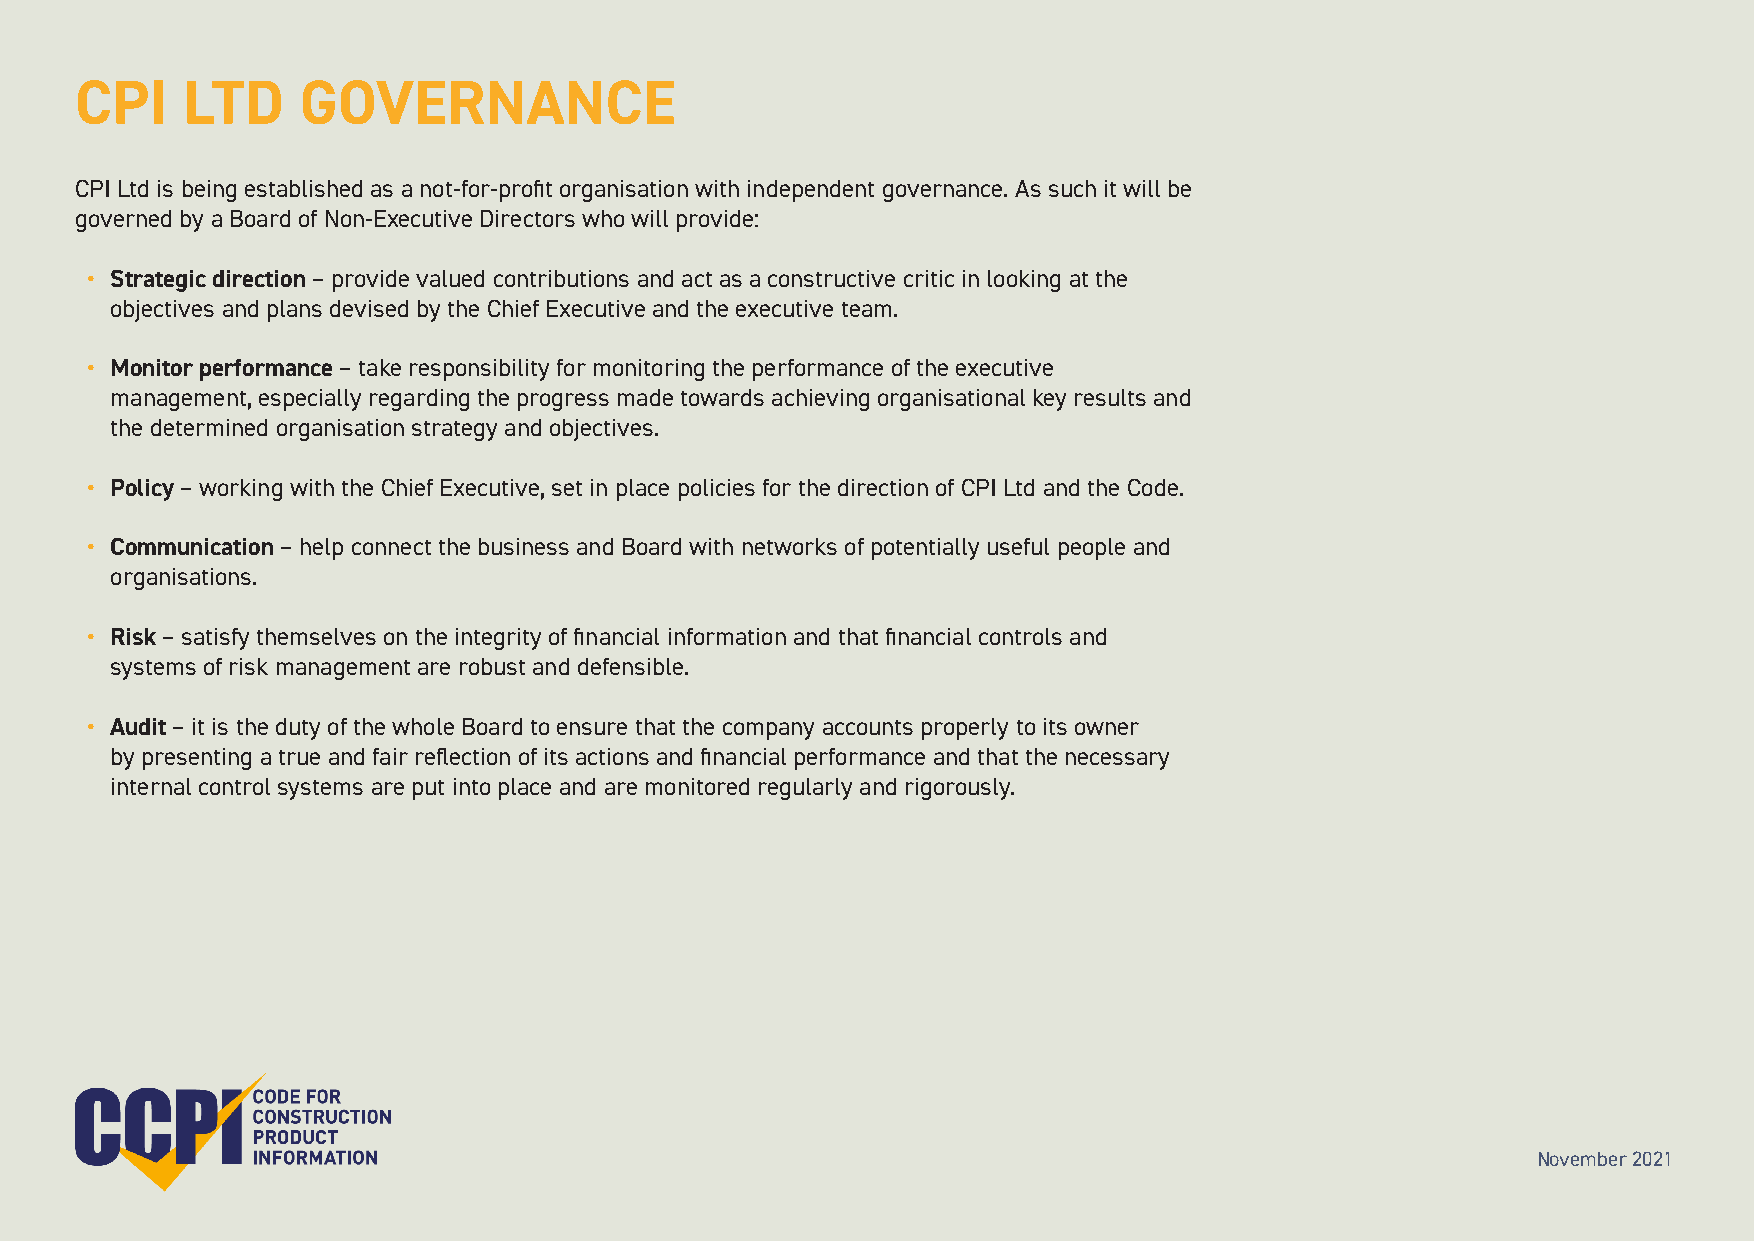
CPI    LTD     GOVERNANCE
 CPI Ltd is being established as a not-for-profit organisation with independent governance. As such it will be
 governed by a Board of Non-Executive Directors who will provide:
 • Strategic direction – provide valued contributions and act as a constructive critic in looking at the
 objectives and plans devised by the Chief Executive and the executive team.
 • Monitor performance – take responsibility for monitoring the performance of the executive
 management, especially regarding the progress made towards achieving organisational key results and
 the determined organisation strategy and objectives.
 • Policy – working with the Chief Executive, set in place policies for the direction of CPI Ltd and the Code.
 • Communication – help connect the business and Board with networks of potentially useful people and
 organisations.
 • Risk – satisfy themselves on the integrity of financial information and that financial controls and
 systems of risk management are robust and defensible.
 • Audit – it is the duty of the whole Board to ensure that the company accounts properly to its owner
 by presenting a true and fair reflection of its actions and financial performance and that the necessary
 internal control systems are put into place and are monitored regularly and rigorously.
 November 2021